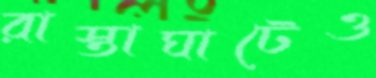
রাস্তাঘাটেও